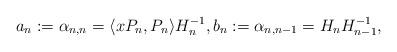
LaTeX: \begin{align*}a_n:=\alpha_{n,n}=\langle xP_n, P_n\rangle H_n^{-1},b_n:=\alpha_{n,n-1}=H_n H_{n-1}^{-1},\end{align*}